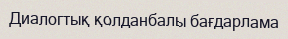
Диалогтық қолданбалы бағдарлама